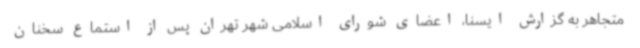
متجاهر به گزارش ایسنا، اعضای شورای اسلامی شهر تهران پس از استماع سخنان